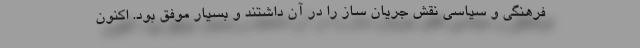
فرهنگی و سیاسی نقش جریان ساز را در آن داشتند و بسیار موفق بود. اکنون